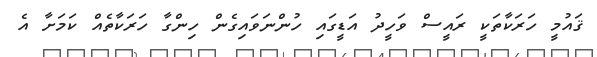
ޤައުމީ ހަރަކާތަކީ ރައީސް ވަހީދު އަޑީގައި ހުންނަވައިގެން ހިންގާ ހަރަކާތެއް ކަމަށާ އެ